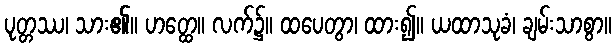
ပုတ္တဿ၊ သား၏။ ဟတ္ထေ။ လက်၌။ ထပေတွာ၊ ထား၍။ ယထာသုခံ၊ ချမ်းသာစွာ။